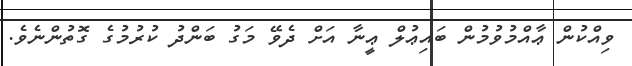
ވިއްކުން ޢާއްމުވުމުން ބައިޢުލް ޢީނާ އަށް ދެވޭ މަގު ބަންދު ކުރުމުގެ ގޮތުންނެވެ.